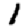
Digit: 1